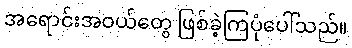
အရောင်းအဝယ်တွေ ဖြစ်ခဲ့ကြပုံပေါ်သည်။